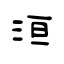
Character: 洹